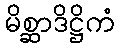
မိစ္ဆာဒိဋ္ဌိကံ